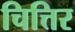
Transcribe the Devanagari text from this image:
चित्तिर